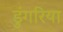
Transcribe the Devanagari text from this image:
डुंगरिया